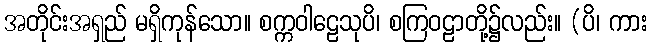
အတိုင်းအရှည် မရှိကုန်သော။ စက္ကဝါဠေသုပိ၊ စကြဝဠာတို့၌လည်း။ (ပိ၊ ကား